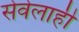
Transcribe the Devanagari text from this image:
सेवेलाही